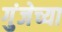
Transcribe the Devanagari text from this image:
गुंजेच्या